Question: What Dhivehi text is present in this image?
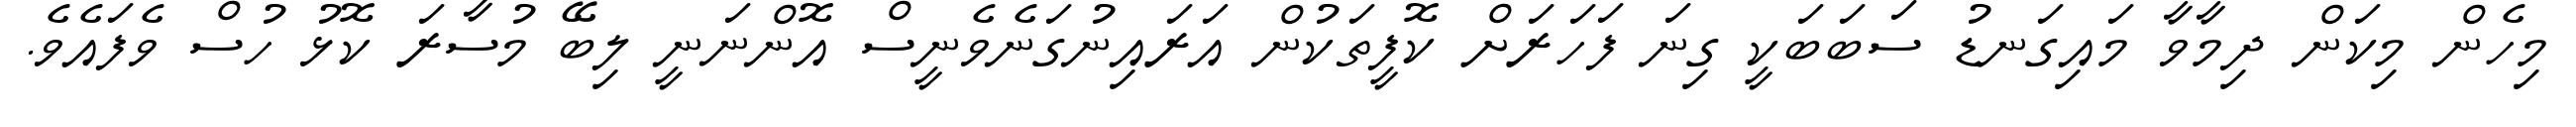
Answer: މިހެން މިކަން ދިމާވާ މައިގަނޑު ސަބަބަކީ ގިނަ ފަހަރަށް ކޮފީތަކުން އަރައިނުގަނެވެނީސް އޮންނަނީ ލިބޭ މުސާރަ ކޮޅު ހުސް ވެފައެވެ.